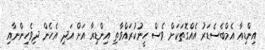
އިންޑިއާ އެމްބެސެޑަރު އެއްގޮތަކަށް ވެސް ހީނުކުރައްވާތި އިންޑިއާ އަށް އަދި އެހެން ދިވެހިންނާއި